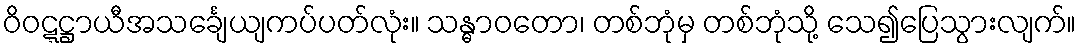
ဝိဝဋ္ဋဋ္ဌာယီအသင်္ချေယျကပ်ပတ်လုံး။ သန္ဓာဝတော၊ တစ်ဘုံမှ တစ်ဘုံသို့ သေ၍ပြေသွားလျက်။